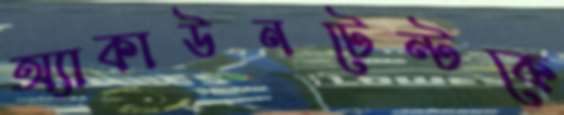
অ্যাকাউনটেন্টকে